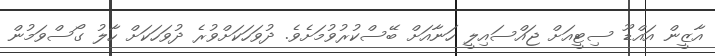
އާޒީން އައްޑޫ ސިޓީއަށް ޖައްސައިލީ ހަނާއަށް ބޭސްކުރުވުމަށެވެ. ދުވަހަކަށްވުރެ ދުވަހަކަށް ހާލު ގޯސްވަމުން